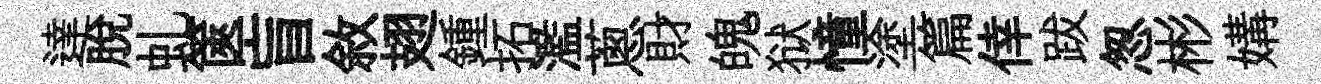
達脱虬篋盲敘翅鍾拓濫蔥財魄狱憧塗篇倖跋怱彬媾